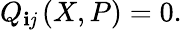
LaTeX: Q_{\mathbf{i}\mathit{j}}\left(X,P\right)=0.